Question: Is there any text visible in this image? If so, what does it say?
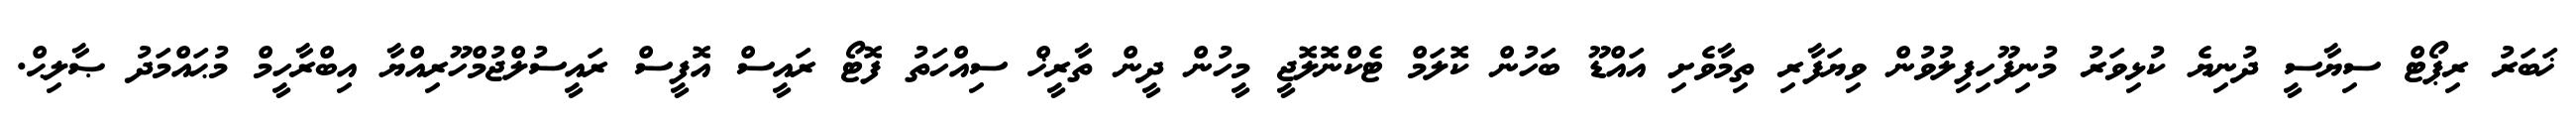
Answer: ޚަބަރު ރިޕޯޓް ސިޔާސީ ދުނިޔެ ކުޅިވަރު މުނިފޫހިފިލުވުން ވިޔަފާރި ތިމާވެށި އައްޑޫ ބަހުން ކޮލަމް ޓެކްނޮލޮޖީ މީހުން ދީން ތާރީޚް ސިއްހަތު ފޮޓޯ ރައީސް އޮފީސް ރައީސުލްޖުމްހޫރިއްޔާ އިބްރާހީމް މުޙައްމަދު ޞާލިޙް.